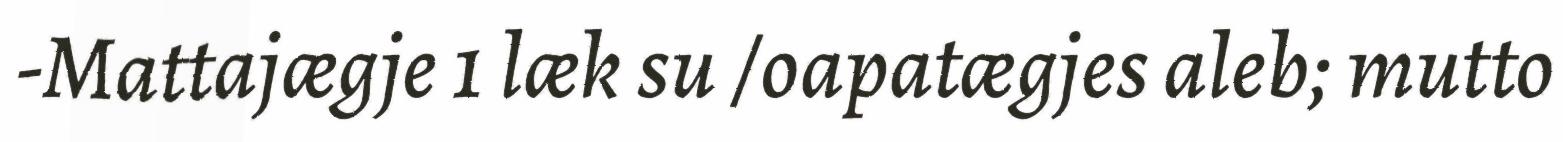
-Mattajægje 1 læk su /oapatægjes aleb; mutto